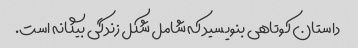
داستان کوتاهی بنویسید که شامل شکل زندگی بیگانه است.